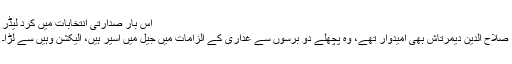
اس بار صدارتی انتخابات میں کرد لیڈر
صلاح الدین دیمرتاش بھی امیدوار تھے، وہ پچھلے دو برسوں سے غداری کے الزامات میں جیل میں اسیر ہیں، الیکشن وہیں سے لڑا۔